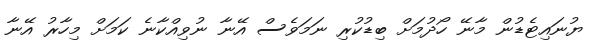
ޔުނައިޓެޑުން މާނޭ ހޯދުމަށް ބިޑުކުރި ނަމަވެސް އޭނާ ނުވިއްކާނެ ކަމަށް މިހާރު އޭނާ